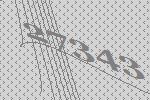
27343